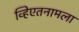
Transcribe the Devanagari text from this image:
व्हिएतनामला